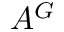
A ^ { G }